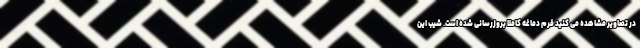
در تصاویر مشاهده می کنید فرم دماغه کاملا بروزرسانی شده است. شیب این